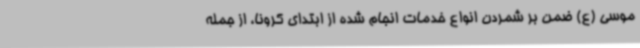
موسی (ع) ضمن بر شمردن انواع خدمات انجام شده از ابتدای کرونا، از جمله